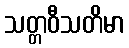
သတ္တဝီသတိမာ